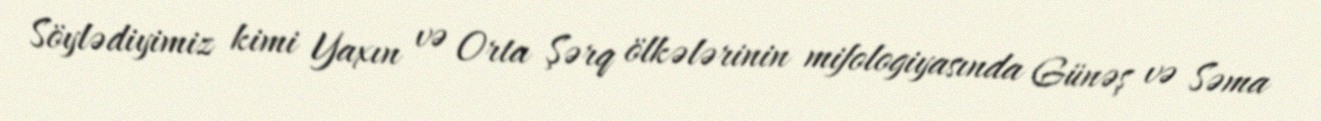
Söylədiyimiz kimi Yaxın və Orta Şərq ölkələrinin mifologiyasında Günəş və Səma